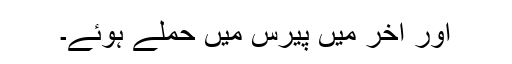
اور آخر میں پیرس میں حملے ہوئے۔